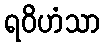
ရဝိဟံသာ